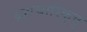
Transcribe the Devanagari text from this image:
ब्रह्मचारिकूत्तु